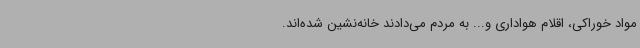
مواد خوراکی، اقلام هواداری و... به مردم می‌دادند خانه‌نشین شده‌اند.